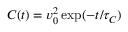
C ( t ) = v _ { 0 } ^ { 2 } \, \mathrm { e x p } ( - t / \tau _ { C } )